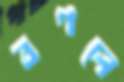
বগলে